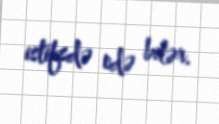
istifsdə edə bilər.